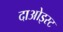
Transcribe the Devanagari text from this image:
दाओइस्ट